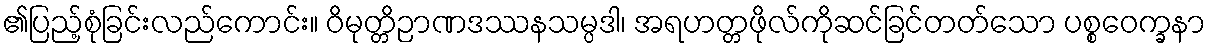
၏ပြည့်စုံခြင်းလည်ကောင်း။ ဝိမုတ္တိဉာဏဒဿနသမ္ပဒါ၊ အရဟတ္တဖိုလ်ကိုဆင်ခြင်တတ်သော ပစ္စဝေက္ခနာ